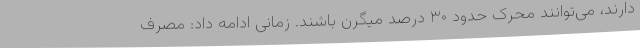
دارند، می‌توانند محرک حدود ۳۰ درصد میگرن باشند. زمانی ادامه داد: مصرف